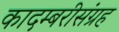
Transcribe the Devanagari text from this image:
कादम्बरीसंग्रह